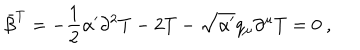
\bar { \beta } ^ { T } = - \frac { 1 } { 2 } \alpha ^ { \prime } \partial ^ { 2 } T - 2 T - \sqrt { \alpha ^ { \prime } } q _ { \mu } \partial ^ { \mu } T = 0 ~ ,